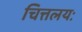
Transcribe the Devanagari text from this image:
चित्तलयः